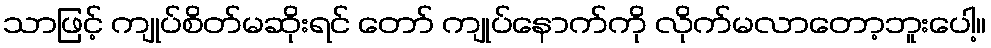
သာဖြင့် ကျုပ်စိတ်မဆိုးရင် တော် ကျုပ်နောက်ကို လိုက်မလာတော့ဘူးပေါ့။